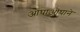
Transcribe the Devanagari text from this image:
ओघाओघाने